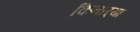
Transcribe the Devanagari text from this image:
किनार्‍या